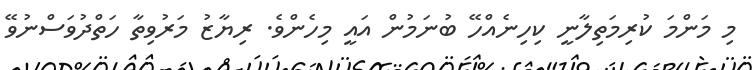
މި މަންމަ ކުރިމަތިލާނީ ކިހިނެއްހޭ ބުނަމުން އައީ މިހެންވެ. ރިޔާޒު މަރުވިތާ ހަތްދުވަސްނުވޭ